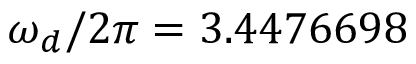
\omega _ { d } / 2 \pi = 3 . 4 4 7 6 6 9 8